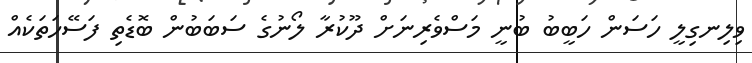
ވިލިނގިލީ ހަސަން ހަބީބު ބުނީ މަސްވެރިނަށް ދޫކުރާ ލޯނުގެ ސަބަބުން ބޮޑެތި ފަސޭހަތަކެއްް